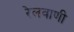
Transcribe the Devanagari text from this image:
रेलवाणी